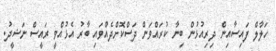
ހަލާލް ފައިސާއިން ދިރިއުޅުން ބިނާ ކުރައްވަން ދަސްކޮށްދެއްވައި ބާރު އެޅުއްވީ ރައީސް ނަޝީދު.